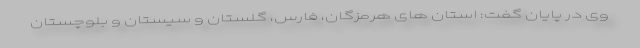
وی در پایان گفت: استان های هرمزگان، فارس، گلستان و سیستان و بلوچستان